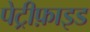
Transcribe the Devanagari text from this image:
पेट्रीफ़ाइड